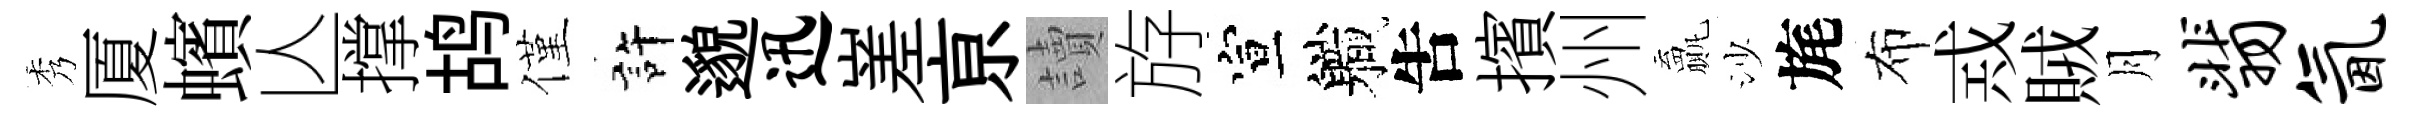
秀厦蠙亾撑鸪僅許邈迅嵳亰讀斿宣軄吿擯州贏沙旄布𢦶賊月翡氤